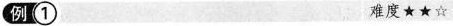
例① 难度★★☆